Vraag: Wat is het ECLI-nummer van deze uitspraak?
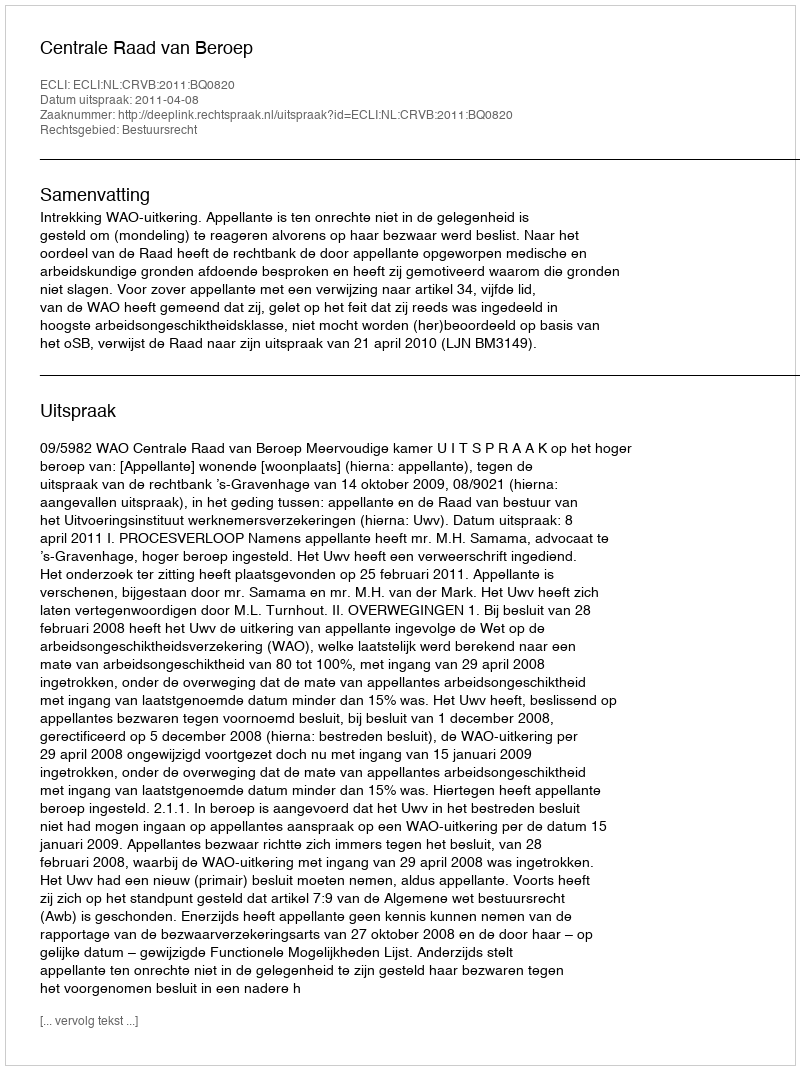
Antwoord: ECLI:NL:CRVB:2011:BQ0820